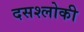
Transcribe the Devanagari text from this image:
दसश्लोकी